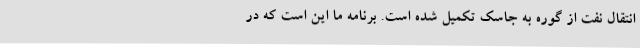
انتقال نفت از گوره به جاسک تکمیل شده است. برنامه ما این است که در